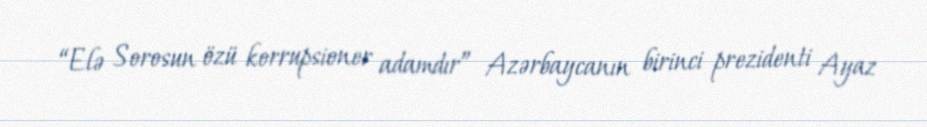
“Elə Sorosun özü korrupsioner adamdır” Azərbaycanın birinci prezidenti Ayaz